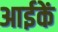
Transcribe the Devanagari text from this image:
आईकें